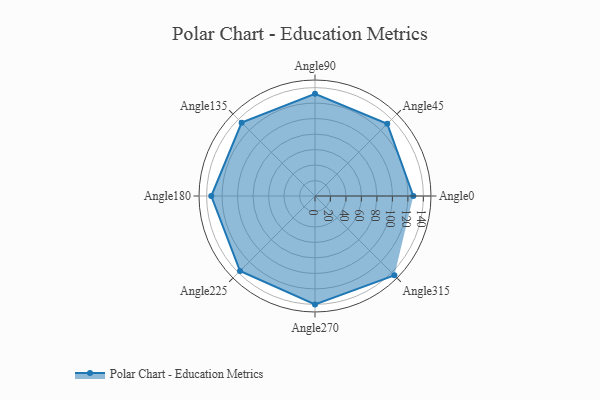
{"axis": {"x": "Angle", "y": "Radius"}, "legend": [""], "data": [{"x": "Angle0", "y": 127.0, "type": ""}, {"x": "Angle45", "y": 132.0, "type": ""}, {"x": "Angle90", "y": 132.0, "type": ""}, {"x": "Angle135", "y": 134.0, "type": ""}, {"x": "Angle180", "y": 134.0, "type": ""}, {"x": "Angle225", "y": 137.0, "type": ""}, {"x": "Angle270", "y": 140.0, "type": ""}, {"x": "Angle315", "y": 145.0, "type": ""}]}